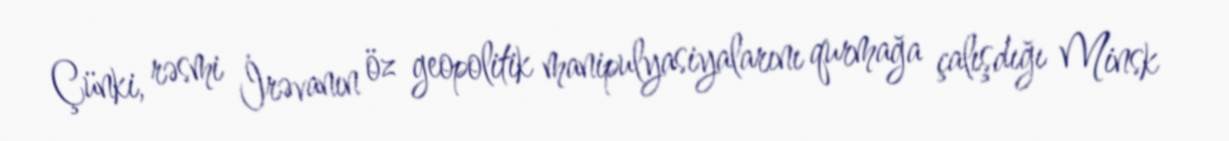
Çünki, rəsmi İrəvanın öz geopolitik manipulyasiyalarını qurmağa çalışdığı Minsk